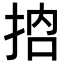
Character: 𢬷